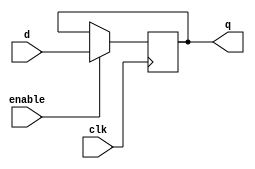
module clkdff (
    input clk,
    input d,
    input enable,
    output reg q
);
    always @(posedge clk) begin
        if (enable) begin
            q <= d;
        end
    end
endmodule

module mux8to1 (
    input [7:0] data,
    input [2:0] sel,
    output reg out
);
    always @(*) begin
        case(sel)
            3'b000: out = data[0];
            3'b001: out = data[1];
            3'b010: out = data[2];
            3'b011: out = data[3];
            3'b100: out = data[4];
            3'b101: out = data[5];
            3'b110: out = data[6];
            3'b111: out = data[7];
            default: out = 1'b0;
        endcase
    end
endmodule

module top_module (
    input clk,
    input enable,
    input S,
    input A,
    input B,
    input C,
    output Z
);

    wire [7:0] shift_reg;
    wire [2:0] sel;
    wire mux_out;

    assign sel = {A, B, C};

    clkdff dff0 (.clk(clk), .d(S), .enable(enable), .q(shift_reg[0]));
    clkdff dff1 (.clk(clk), .d(shift_reg[0]), .enable(enable), .q(shift_reg[1]));
    clkdff dff2 (.clk(clk), .d(shift_reg[1]), .enable(enable), .q(shift_reg[2]));
    clkdff dff3 (.clk(clk), .d(shift_reg[2]), .enable(enable), .q(shift_reg[3]));
    clkdff dff4 (.clk(clk), .d(shift_reg[3]), .enable(enable), .q(shift_reg[4]));
    clkdff dff5 (.clk(clk), .d(shift_reg[4]), .enable(enable), .q(shift_reg[5]));
    clkdff dff6 (.clk(clk), .d(shift_reg[5]), .enable(enable), .q(shift_reg[6]));
    clkdff dff7 (.clk(clk), .d(shift_reg[6]), .enable(enable), .q(shift_reg[7]));

    mux8to1 mux (.data(shift_reg), .sel(sel), .out(mux_out));
    
    assign Z = mux_out;
    
endmodule